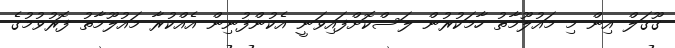
ގޫގަލް އިން މި މައުލޫމާތު ހާމަކުރުން ލަސްކޮށްފައިވަނީ އެކުންފުނިން އެއްކުރާ މައުލޫމާތު ފޮރުވުމުގެ